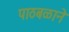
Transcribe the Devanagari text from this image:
पाठबळाने